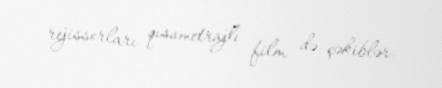
rejissorları qısametrajlı film də çəkiblər.